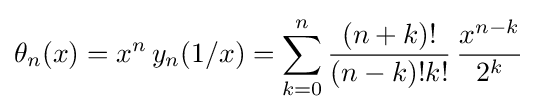
\theta _{n}(x)=x^{n}\,y_{n}(1/x)=\sum _{k=0}^{n}{\frac {(n+k)!}{(n-k)!k!}}\,{\frac {x^{n-k}}{2^{k}}}